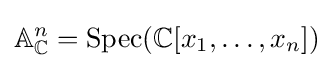
\mathbb {A} _{\mathbb {C} }^{n}=\operatorname {Spec} (\mathbb {C} [x_{1},\ldots ,x_{n}])